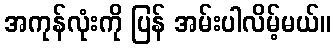
အကုန်လုံးကို ပြန် အမ်းပါလိမ့်မယ်။